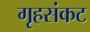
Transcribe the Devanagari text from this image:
गृहसंकट